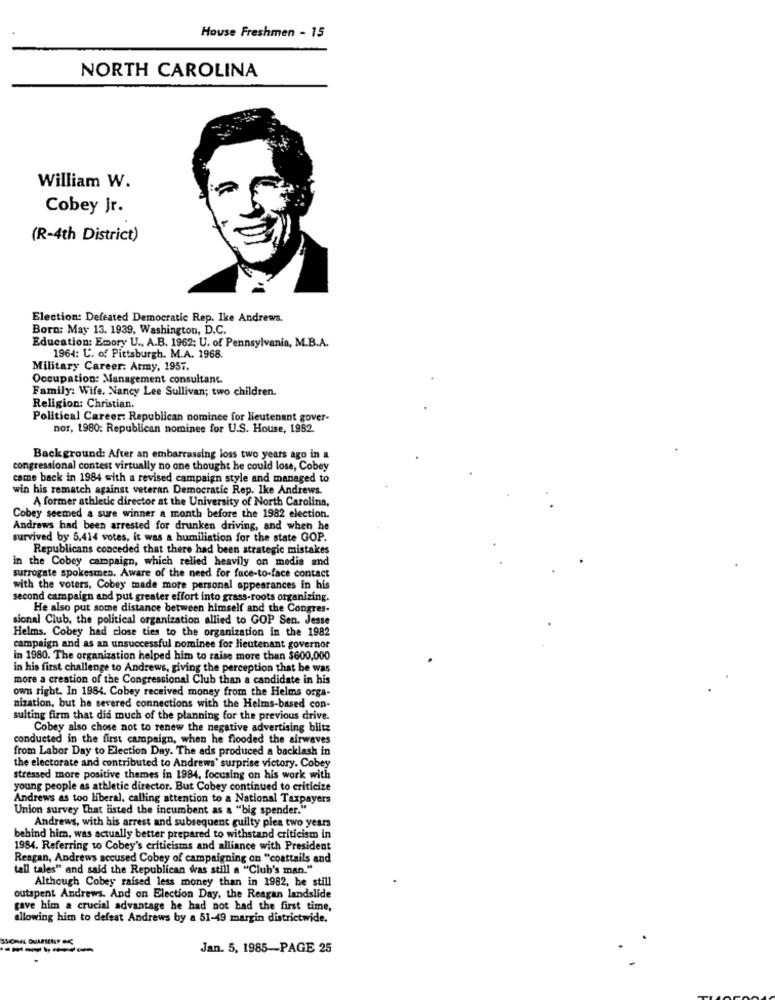
House Freshmen - 15
NORTH CAROLINA
William W.
Cobey Jr.
(R-4th District)
Election: Defeated Democratic Rep. Ike Andrews.
Born: May 13. 1939, Washington, D.C.
Education: Emory U ., A.B. 1962; U. of Pennsylvania, M.B.A.
1964: U. of Pittsburgh. M.A. 1968.
Military Career: Atmy, 1957.
Occupation: Management consultant
Family: Wife. Nancy Lee Sullivan; two children.
Religion: Christian.
Political Career: Republican nominee for lieutenant gover-
nor, 1980: Republican nominee for U.S. House, 1982.
Background: After an embarrassing loss two years ago in a
congressional contest virtually no one thought he could lose, Cobey
came back in 1984 with a revised campaign style and managed to
win his rematch against veteran Democratic Rep. Ike Andrews.
A former athletic director at the University of North Carolina,
Cobey seemed a sure winner a month before the 1982 election.
Andrews had been arrested for drunken driving, and when he
survived by 5,414 votes, it was a humiliation for the state GOP.
Republicans conceded that there had been strategic mistakes
in the Cobey campaign, which relied heavily on medis and
surrogate spokesten. Aware of the need for face-to-face contact
with the voters, Cobey made more personal appearances in his
second campaign and put greater effort into grass-roots organizing.
He also put some distance between himself and the Congres-
sional Club, the political organization allied to GOP Sen. Jesse
Helms. Cobey had close ties to the organization in the 1982
campaign and as an unsuccessful nominee for lieutenant governor
In 1980. The organization helped him to raise more than $600,000
in his first challenge to Andrews, giving the perception that be was
more a creation of the Congressional Club than a candidate in his
own right. In 1984. Cobey received money from the Helms orga-
nization, but he severed connections with the Helms-based con-
sulting firm that did much of the planning for the previous drive.
Cobey also chose not to renew the negative advertising blitz
conducted in the first campaign, when he flooded the airwaves
from Labor Day to Election Day. The ads produced a backlash in
the electorate and contributed to Andrews' surprise victory. Cobey
stressed more positive themes in 1984, focusing on his work with
young people as athletic director. But Cobey continued to criticize
Andrews as too liberal, calling attention to a National Taxpayers
Union survey That listed the incumbent as a "big spender."
Andrews, with his arrest and subsequent guilty plea two years
behind him, was actually better prepared to withstand criticism in
1984. Referring to Cobey's criticisms and alliance with President
Reagan, Andrews accused Cobey of campaigning on "coattails and
tall tales" and said the Republican was still a "Club's man."
Although Cobey raised less money than in 1982, he still
outspent Andrews. And on Election Day, the Reagan landslide
gave him a crucial advantage he had not bad the first time,
allowing him to defeat Andrews by a 51-49 margin districtwide.
--------
Jan. 5, 1985-PAGE 25